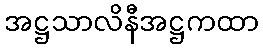
အဋ္ဌသာလိနီအဋ္ဌကထာ